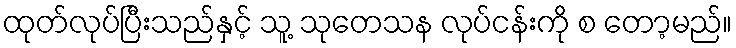
ထုတ်လုပ်ပြီးသည်နှင့် သူ့ သုတေသန လုပ်ငန်းကို စ တော့မည်။